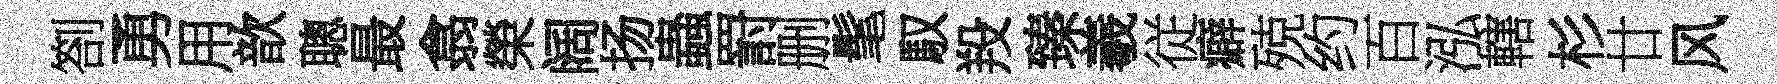
劄勇用歆聰最翕榮阔扬蟲罸删髦馭羖臻羲従癖殑约百泓轄杉廿风